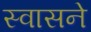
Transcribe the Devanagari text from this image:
स्वासने